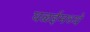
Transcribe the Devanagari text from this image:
घळईमध्ये